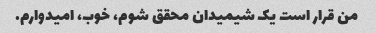
من قرار است یک شیمیدان محقق شوم، خوب، امیدوارم.